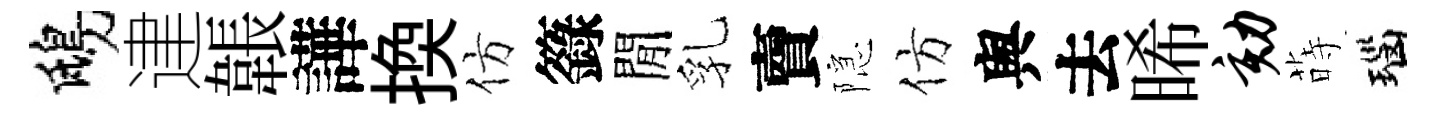
鴟䢖韔譁換仿籙閒乳𧶠隠仿舆去晞劾蒔瑙